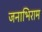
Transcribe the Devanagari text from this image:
जनाभिराम